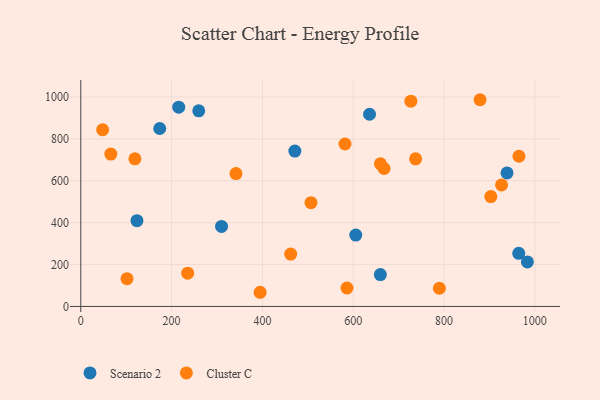
{"axis": {"x": "Study Hours", "y": "Rating"}, "legend": ["Cluster C", "Scenario 2"], "data": [{"x": "964.6", "y": 253.9, "type": "Scenario 2"}, {"x": "173.9", "y": 849.7, "type": "Scenario 2"}, {"x": "259.8", "y": 934.1, "type": "Scenario 2"}, {"x": "636.0", "y": 917.7, "type": "Scenario 2"}, {"x": "983.6", "y": 212.4, "type": "Scenario 2"}, {"x": "471.5", "y": 742.1, "type": "Scenario 2"}, {"x": "310.0", "y": 382.1, "type": "Scenario 2"}, {"x": "605.6", "y": 341.0, "type": "Scenario 2"}, {"x": "215.7", "y": 951.5, "type": "Scenario 2"}, {"x": "659.8", "y": 152.2, "type": "Scenario 2"}, {"x": "938.8", "y": 637.8, "type": "Scenario 2"}, {"x": "123.7", "y": 409.7, "type": "Scenario 2"}, {"x": "341.8", "y": 634.4, "type": "Cluster C"}, {"x": "395.0", "y": 67.7, "type": "Cluster C"}, {"x": "119.2", "y": 704.9, "type": "Cluster C"}, {"x": "789.8", "y": 86.9, "type": "Cluster C"}, {"x": "586.3", "y": 88.1, "type": "Cluster C"}, {"x": "727.0", "y": 980.2, "type": "Cluster C"}, {"x": "668.0", "y": 658.6, "type": "Cluster C"}, {"x": "737.4", "y": 704.9, "type": "Cluster C"}, {"x": "903.1", "y": 524.7, "type": "Cluster C"}, {"x": "965.1", "y": 717.1, "type": "Cluster C"}, {"x": "879.4", "y": 987.1, "type": "Cluster C"}, {"x": "462.3", "y": 250.0, "type": "Cluster C"}, {"x": "235.4", "y": 158.9, "type": "Cluster C"}, {"x": "66.2", "y": 727.6, "type": "Cluster C"}, {"x": "507.0", "y": 495.7, "type": "Cluster C"}, {"x": "48.1", "y": 843.8, "type": "Cluster C"}, {"x": "101.8", "y": 132.5, "type": "Cluster C"}, {"x": "660.0", "y": 680.8, "type": "Cluster C"}, {"x": "926.8", "y": 580.2, "type": "Cluster C"}, {"x": "581.9", "y": 775.7, "type": "Cluster C"}]}